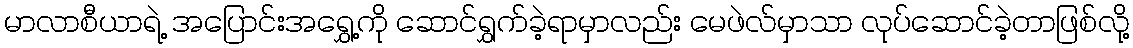
မာလာစီယာရဲ့ အပြောင်းအရွှေ့ကို ဆောင်ရွှက်ခဲ့ရာမှာလည်း မေဖဲလ်မှာသာ လုပ်ဆောင်ခဲ့တာဖြစ်လို့